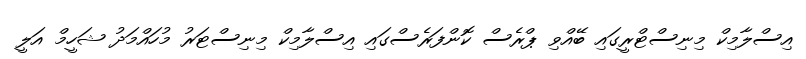
އިސްލާމިކް މިނިސްޓްރީގައި ބޭއްވި ޕްރެސް ކޮންފަރެސްގައި އިސްލާމިކް މިނިސްޓަރު މުހައްމަދު ޝަހީމް އަލީ